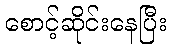
စောင့်ဆိုင်းနေပြီး